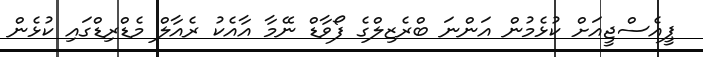
ޕީއެސްޖީއަށް ކުޅެމުން އަންނަ ބްރެޒިލްގެ ފޯވާޑް ނޭމާ އާއެކު ރެއާލް މެޑްރިޑްގައި ކުޅެން